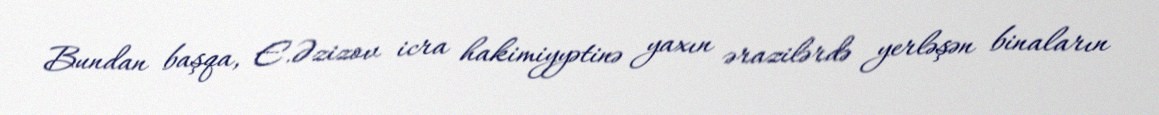
Bundan başqa, E.Əzizov icra hakimiyyətinə yaxın ərazilərdə yerləşən binaların